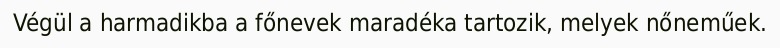
Végül a harmadikba a főnevek maradéka tartozik, melyek nőneműek.